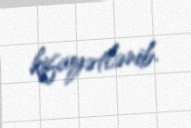
kifayətlənib.